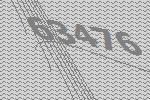
63476